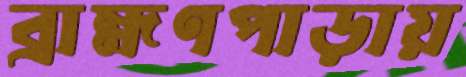
ব্রাহ্মণপাড়ায়